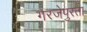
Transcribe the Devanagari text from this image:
गरजेपुरता